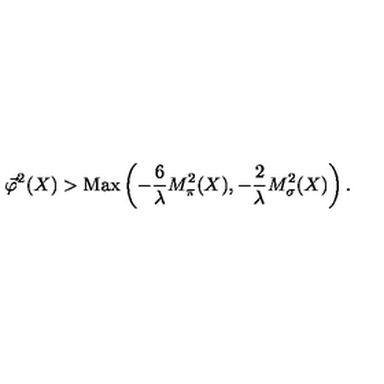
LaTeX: \vec { \varphi } ^ { 2 } ( X ) > \mathrm { M a x } \left( - \frac { 6 } { \lambda } M _ { \pi } ^ { 2 } ( X ) , - \frac { 2 } { \lambda } M _ { \sigma } ^ { 2 } ( X ) \right) .